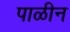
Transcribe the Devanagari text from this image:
पाळीन